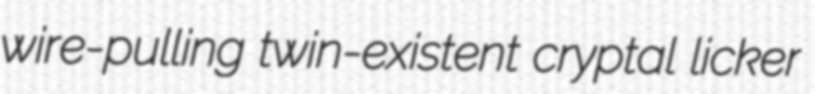
wire-pulling twin-existent cryptal licker